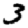
Digit: 3